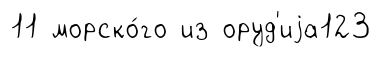
11 морско́го из оруд'иjа123